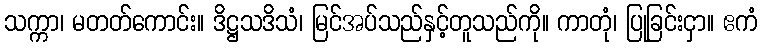
သက္ကာ၊ မတတ်ကောင်း။ ဒိဋ္ဌသဒိသံ၊ မြင်အပ်သည်နှင့်တူသည်ကို။ ကာတုံ၊ ပြုခြင်းငှာ။ ဧကံ